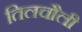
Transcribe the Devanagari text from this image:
तिलचौली